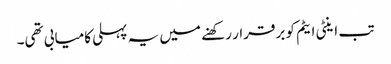
تب اینٹی ایٹم کو برقرار رکھنے میں یہ پہلی کامیابی تھی۔